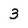
Character: 3